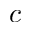
c